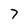
Character: 7